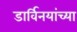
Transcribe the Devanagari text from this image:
डार्विनयांच्या